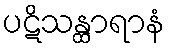
ပဋိသန္ထာရာနံ